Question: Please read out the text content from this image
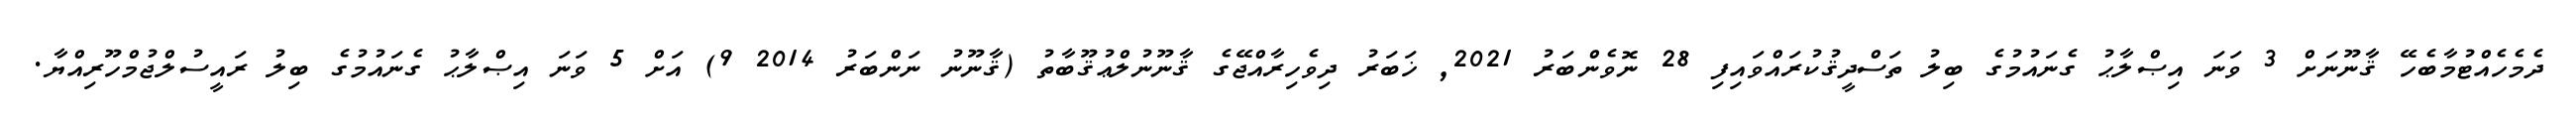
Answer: ދެމެހެއްޓުމާބެހޭ ޤާނޫނަށް 3 ވަނަ އިޞްލާޙު ގެނައުމުގެ ބިލު ތަސްދީޤުކުރައްވައިފި 28 ނޮވެންބަރު 2021, ޚަބަރު ދިވެހިރާއްޖޭގެ ޤާނޫނުލްޢުޤޫބާތު (ޤާނޫނު ނަންބަރު 2014 9) އަށް 5 ވަނަ އިޞްލާޙު ގެނައުމުގެ ބިލު ރައީސުލްޖުމްހޫރިއްޔާ.